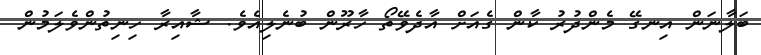
ބަލާނަން އިނގޭ މެންދުރު ކާން ގެއަށް އާދެވޭތޯ ހާރޫން ބުނެލިއެވެ. ޝާއިރާ ހިނިތުންވެލަމުން